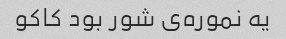
یه نموره‌ی شور بود کاکو